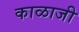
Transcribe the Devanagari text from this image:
काळाजी